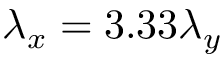
\lambda _ { x } = 3 . 3 3 \lambda _ { y }